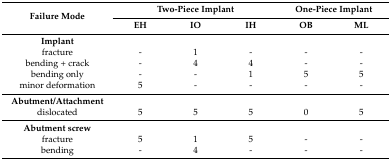
<table><thead><tr><td rowspan="2"><b>Failure Mode</b></td><td colspan="3"><b>Two-Piece Implant</b></td><td colspan="2"><b>One-Piece Implant</b></td></tr><tr><td><b>EH</b></td><td><b>IO</b></td><td><b>IH</b></td><td><b>OB</b></td><td><b>ML</b></td></tr></thead><tbody><tr><td><b>Implant</b></td><td></td><td></td><td></td><td></td><td></td></tr><tr><td>fracture</td><td>-</td><td>1</td><td>-</td><td>-</td><td>-</td></tr><tr><td>bending + crack</td><td>-</td><td>4</td><td>4</td><td>-</td><td>-</td></tr><tr><td>bending only</td><td>-</td><td>-</td><td>1</td><td>5</td><td>5</td></tr><tr><td>minor deformation</td><td>5</td><td>-</td><td>-</td><td>-</td><td>-</td></tr><tr><td><b>Abutment/Attachment</b></td><td></td><td></td><td></td><td></td><td></td></tr><tr><td>dislocated</td><td>5</td><td>5</td><td>5</td><td>0</td><td>5</td></tr><tr><td><b>Abutment screw</b></td><td></td><td></td><td></td><td></td><td></td></tr><tr><td>fracture</td><td>5</td><td>1</td><td>5</td><td>-</td><td>-</td></tr><tr><td>bending</td><td>-</td><td>4</td><td>-</td><td>-</td><td>-</td></tr></tbody></table>